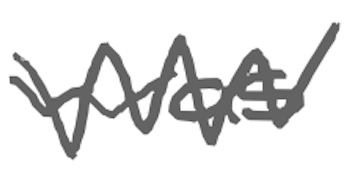
Text: was
Cross-out: zig-zag
Writing tool: digital_gray